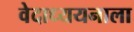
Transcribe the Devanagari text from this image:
वेदाध्ययनाला